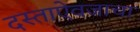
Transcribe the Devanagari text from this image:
दस्ताऐवजाचा